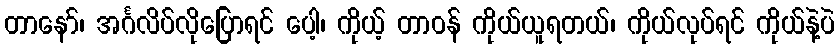
တာနော်၊ အင်္ဂလိပ်လိုပြောရင် ပေါ့၊ ကိုယ့် တာဝန် ကိုယ်ယူရတယ်၊ ကိုယ်လုပ်ရင် ကိုယ်နဲ့ပဲ